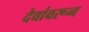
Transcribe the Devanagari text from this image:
देवांवरून